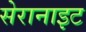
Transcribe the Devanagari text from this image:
सेरानाइट